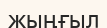
жыңғыл